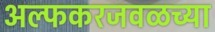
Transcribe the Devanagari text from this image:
अल्फकरजवळच्या